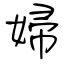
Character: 婦